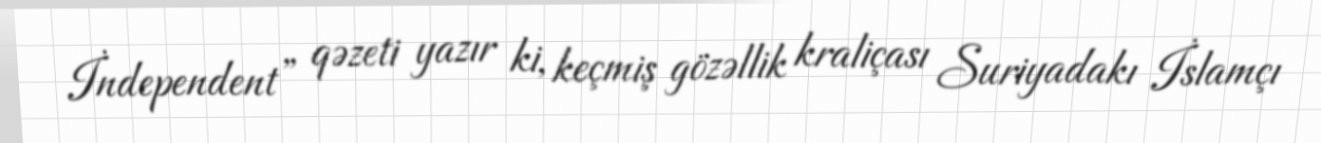
İndependent” qəzeti yazır ki, keçmiş gözəllik kraliçası Suriyadakı İslamçı